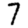
Digit: 7